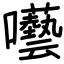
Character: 囈